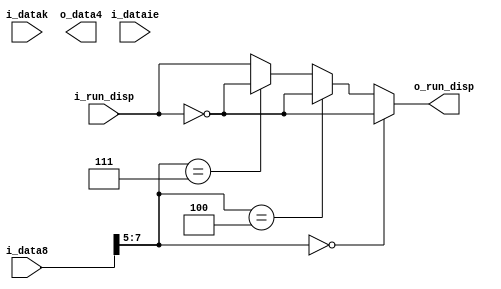
module encoder_3b4b (
    input   wire    [7:0]   i_data8,
    input   wire    [1:0]   i_dataie,   //top 2 bits (i,e) from 5b/6b are used in 3b/4b encode
    input   wire            i_datak,    //1=corresponding i_data bytes is a k character
    output  wire    [5:0]   o_data4,
    input   wire            i_run_disp,
    output  wire            o_run_disp
);


//_____________________________________________________________________________
//Declarations

    reg                     data4;
    
    wire                    is_k28;
    wire                    ei_rd_7;
    wire                    invert_k28;
    wire                    invert;


//_____________________________________________________________________________
//Main Body of code


    
    //Decode the lower 5 bits of data8 to determine whether the data is K.28
    assign  is_k28      =   (i_data8[4:0] == 5'd28) && i_datak;
        
    //Dx.7 uses the same code as Kx.7 when ie are both the opposite value of rd
    assign  ei_rd_7  =   ( &i_dataie && !i_run_disp ) || ( &(~i_dataie) && i_run_disp );        
    
    //Encode the upper 3 bits of data8 
    always @*
    case(i_data8[7:5])
        3'd0:       data4   =                           4'b0010;   // D.x.0,K.x.0
        3'd1:       data4   =                           4'b1001;   // D.x.1,K.x.1
        3'd2:       data4   =                           4'b1010;   // D.x.2,K.x.2
        3'd3:       data4   =                           4'b0011;   // D.x.3,K.x.3
        3'd4:       data4   =                           4'b0100;   // D.x.4,K.x.4
        3'd5:       data4   =                           4'b0101;   // D.x.5,K.x.5
        3'd6:       data4   =                           4'b0110;   // D.x.6,K.x.6
        3'd7:       data4   =   (i_datak ||ei_rd_7)?    4'b1110:   // D.x.7 special case, K.x.7
                                                        4'b0111;   // D.x.7 normal case  
        default:    data4   =                           4'bxxxx;   //Invalid        
    endcase
        

    //Select inversion for k28 codes based on running disparity
    assign  invert_k28   =  (i_data8[7:5] == 3'd3)? i_run_disp:
                            (i_data8[7:5] == 3'd7)? i_run_disp:
                                                    !i_run_disp;  
   
    
    //Here we determine inversions for the remaining codes
    assign  invert  =   (i_data8[7:5] == 3'd0)? !i_run_disp:
                        (i_data8[7:5] == 3'd3)? i_run_disp:
                        (i_data8[7:5] == 3'd4)? !i_run_disp:
                        (i_data8[7:5] == 3'd7)? i_run_disp:
                                                1'b0;


    //Select the final encoded output
    assign  data4    =  is_k28?     (data4 ^   {4{invert_k28}}):
                        i_datak?    (4'b1110 ^ {4{invert}}):     //All other valid K codes 
                                    (data4 ^   {4{invert}});
                                                    

    //Calculate the next running disparity
    assign  o_run_disp  =   (i_data8[7:5] == 3'd0)? !i_run_disp:  //Dx.0
                            (i_data8[7:5] == 3'd4)? !i_run_disp:  //Dx.4
                            (i_data8[7:5] == 3'd7)? !i_run_disp:  //Dx.7
                                                    i_run_disp;   //The rest are neutral

endmodule